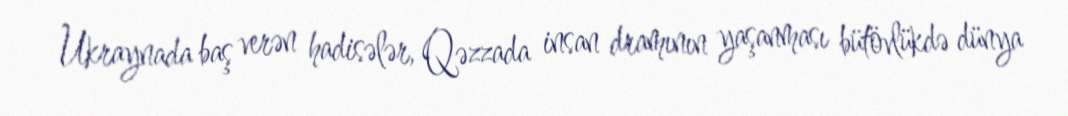
Ukraynada baş verən hadisələr, Qəzzada insan dramının yaşanması bütövlükdə dünya